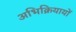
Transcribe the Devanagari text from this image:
अभिक्रियायों